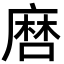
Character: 𢊠